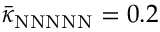
\bar { \kappa } _ { \mathrm { N N N N N } } = 0 . 2